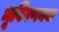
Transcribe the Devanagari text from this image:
भूविगणनया